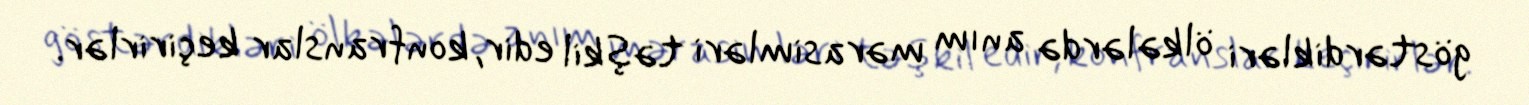
göstərdikləri ölkələrdə anım mərasimləri təşkil edir, konfranslar keçirirlər.